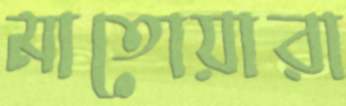
মাতোয়ারা